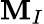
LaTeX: \mathbf{M}_{I}